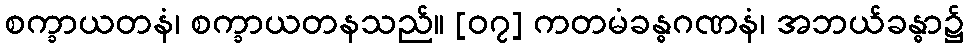
စက္ခာယတနံ၊ စက္ခာယတနသည်။ [၀၇] ကတမံခန္ဓဂဏနံ၊ အဘယ်ခန္ဓာ၌